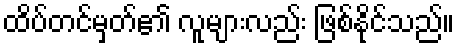
ထိပ်တင်မှတ်၏ လူများလည်း ဖြစ်နိုင်သည်။